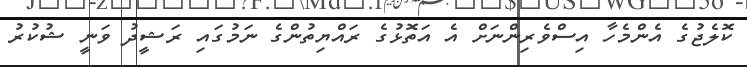
ކޮލެޖުގެ އެންމެހާ އިސްވެރިންނަށް އެ އަތޮޅުގެ ރައްޔިތުންގެ ނަމުގައި ރަޝީދު ވަނީ ޝުކުރު